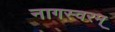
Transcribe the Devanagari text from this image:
नागस्वरम्